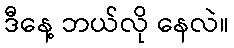
ဒီနေ့ ဘယ်လို နေလဲ။